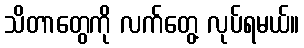
သိတာတွေကို လက်တွေ့ လုပ်ရမယ်။